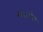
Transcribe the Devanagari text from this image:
साउमेया